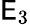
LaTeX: \mathsf{E}_{3}